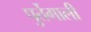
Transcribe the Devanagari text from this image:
पुर्तेगाली